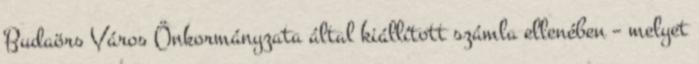
Budaörs Város Önkormányzata által kiállított számla ellenében – melyet